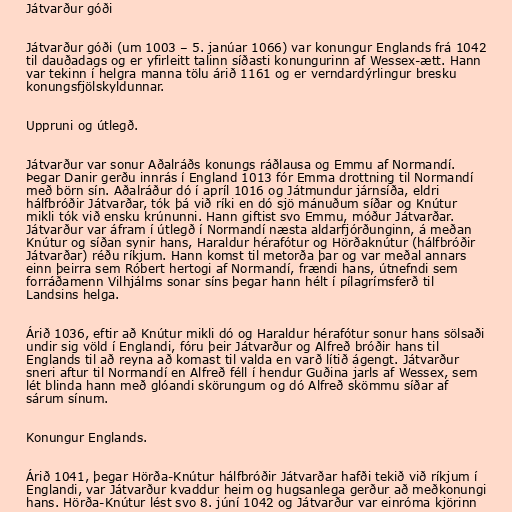
Játvarður góði

Játvarður góði (um 1003 – 5. janúar 1066) var konungur Englands frá 1042
til dauðadags og er yfirleitt talinn síðasti konungurinn af Wessex-ætt. Hann
var tekinn í helgra manna tölu árið 1161 og er verndardýrlingur bresku
konungsfjölskyldunnar.

Uppruni og útlegð.

Játvarður var sonur Aðalráðs konungs ráðlausa og Emmu af Normandí.
Þegar Danir gerðu innrás í England 1013 fór Emma drottning til Normandí
með börn sín. Aðalráður dó í apríl 1016 og Játmundur járnsíða, eldri
hálfbróðir Játvarðar, tók þá við ríki en dó sjö mánuðum síðar og Knútur
mikli tók við ensku krúnunni. Hann giftist svo Emmu, móður Játvarðar.
Játvarður var áfram í útlegð í Normandí næsta aldarfjórðunginn, á meðan
Knútur og síðan synir hans, Haraldur hérafótur og Hörðaknútur (hálfbróðir
Játvarðar) réðu ríkjum. Hann komst til metorða þar og var meðal annars
einn þeirra sem Róbert hertogi af Normandí, frændi hans, útnefndi sem
forráðamenn Vilhjálms sonar síns þegar hann hélt í pílagrímsferð til
Landsins helga.

Árið 1036, eftir að Knútur mikli dó og Haraldur hérafótur sonur hans sölsaði
undir sig völd í Englandi, fóru þeir Játvarður og Alfreð bróðir hans til
Englands til að reyna að komast til valda en varð lítið ágengt. Játvarður
sneri aftur til Normandí en Alfreð féll í hendur Guðina jarls af Wessex, sem
lét blinda hann með glóandi skörungum og dó Alfreð skömmu síðar af
sárum sínum.

Konungur Englands.

Árið 1041, þegar Hörða-Knútur hálfbróðir Játvarðar hafði tekið við ríkjum í
Englandi, var Játvarður kvaddur heim og hugsanlega gerður að meðkonungi
hans. Hörða-Knútur lést svo 8. júní 1042 og Játvarður var einróma kjörinn